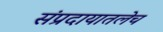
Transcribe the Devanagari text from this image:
संप्रदायातलेच